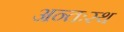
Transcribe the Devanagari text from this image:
अन्तःस्थ